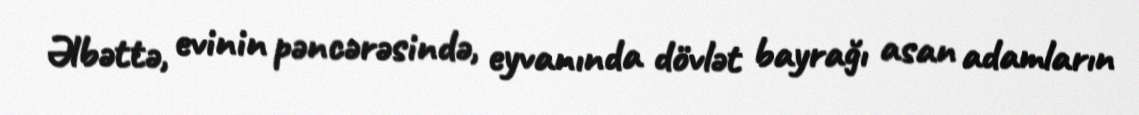
Əlbəttə, evinin pəncərəsində, eyvanında dövlət bayrağı asan adamların